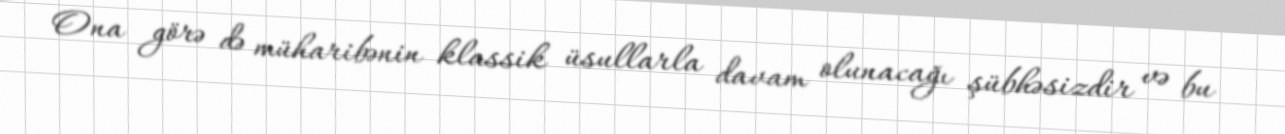
Ona görə də müharibənin klassik üsullarla davam olunacağı şübhəsizdir və bu